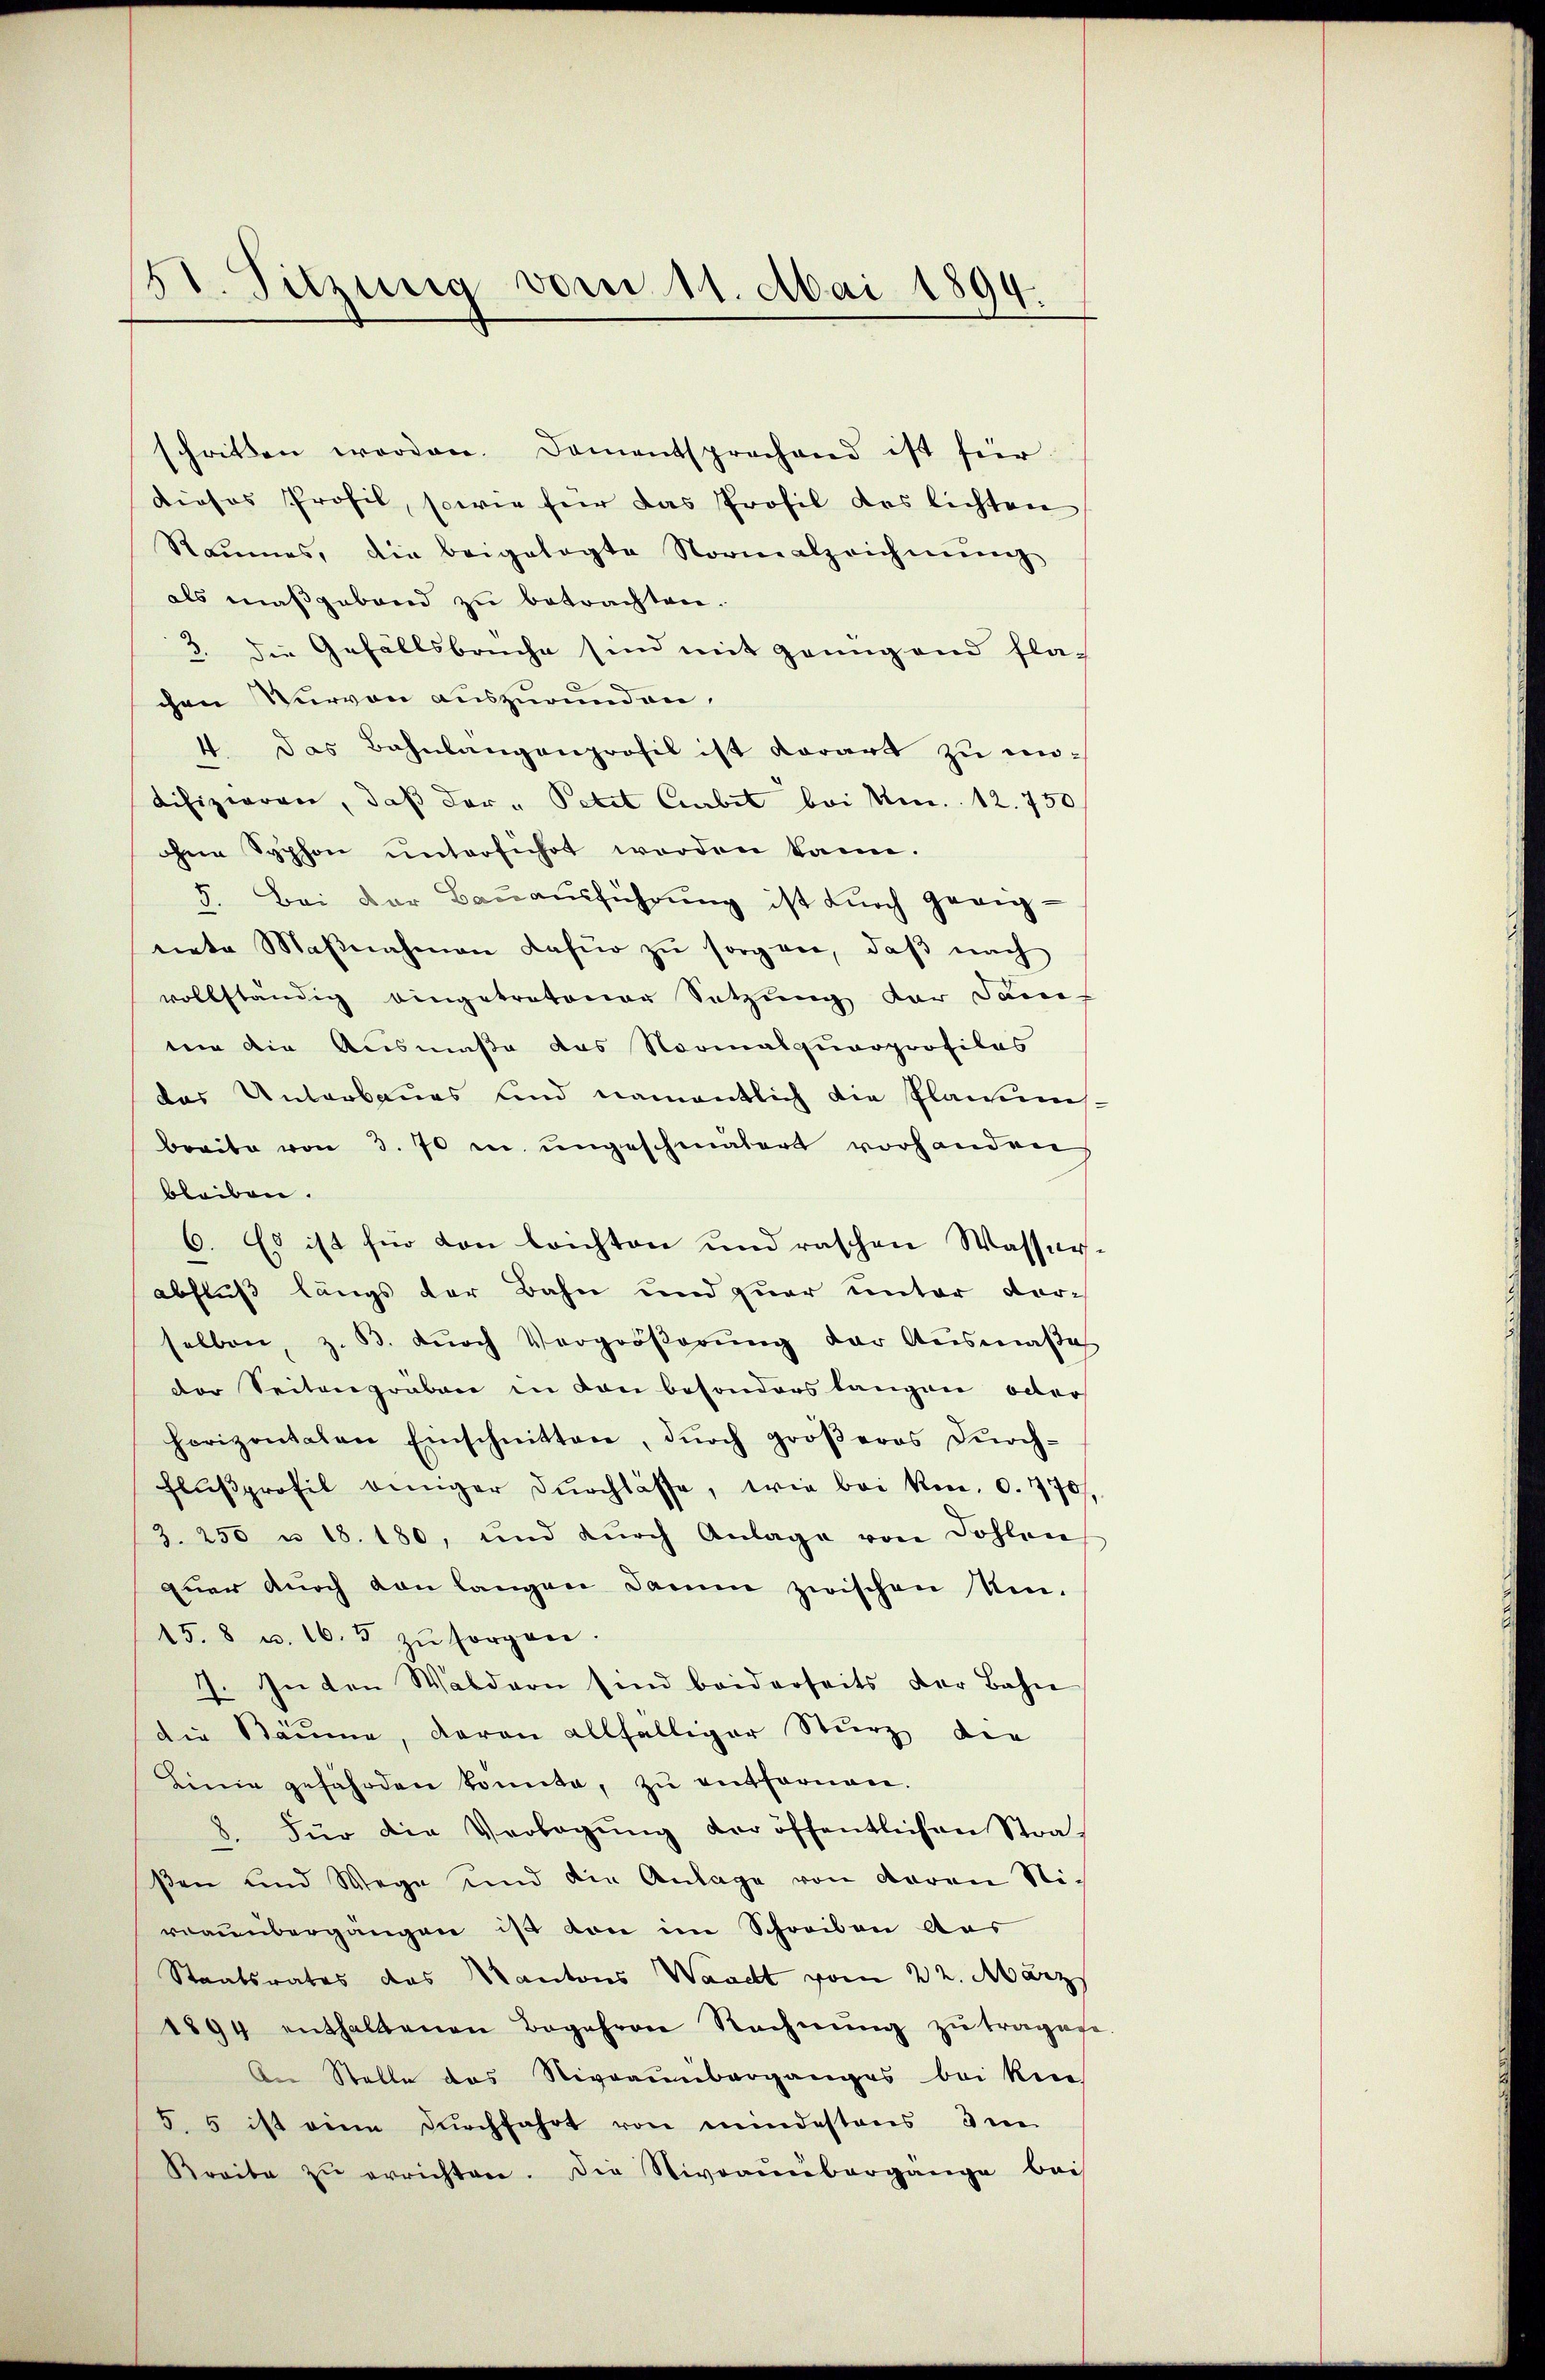
51. Sitzung vom 11. Mai 1894.

schritten worden. Damentsprechend ist für
dieses Profil, sowie für das Profil das lichten
Raumes, die beigelegte Normalzeichnŭng
als maßgebend zu betrachten.
3. die Gefällsbruche sind mit genügend fla-
chen Wurven auszurunden,
4. Das Bahnlängenprofil ist derart zu undifizieren, daß der " Petit Curbet bei No. 12. 750
ohne Syphon ŭnterführt werden kann.
3. Bei der Baŭaŭsführŭng ist dŭrch geeignete Maβnahmen dafür zŭ sorgen, daβ nach
vollständig eingetretener Setzung der dam
mie die Ausmaßa das Normalquarprofilas
das Unterbaues und namentlich die Planns.
breite von 3. 70 in ungeschmälert vorhanden,
bleiben.
6. Es ist für von leichten und raschen Wasser-
abfluß längs der Bahn und zuar unter vor-
selben, z. B. dŭrch Vergröβerŭng der Aŭsmaβe
der Seitengraben in den besonders langen oder
horizontalen Einschnitten, dŭrch gröβeres dŭrch-
flŭβprofil einiger dŭrchlasse, wie bei Konr. 0. 770/
3. 250 u 18. 180, und dŭrch Anlage von Dohlen
quer auch von langen Damm zwischen Um-
15. 8 u. 16. 5 zŭ sorgen.
1. In den Waldern sind beiderseits der Bahn
1
die Räume, daran allfälliger Sturz die
Linie gefährden konnte, zu entfernen.
8. Für die Verlegŭng der öffentlichen Stra-
ßen und Wege und die Anlage von deren Nic
rnaŭübergängen ist von im Schreiben aus
Staatsrates das Kantons Waadt vom 22. März
1894 enthaltenen Begehren Rechnŭng zŭ tragene.
An Stelle das Niveaumberganges bei Krie
5. 5 ist eine durchfahrt von mindestens de
Breite zŭ errichten. Die Niveaunbergange beis